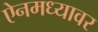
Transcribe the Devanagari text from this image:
ऐनमध्यावर